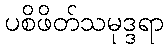
ပစိဖိတ်သမုဒ္ဒရာ